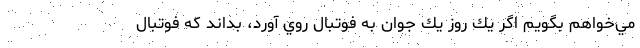
مي‌خواهم بگويم اگر يك روز يك جوان به فوتبال روي آورد، بداند كه فوتبال